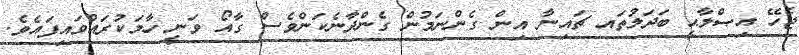
ޖެހޭ އިޞްލާޙީ ބަދަލުތައ ޗައިނާ އިން ގެންނަމުން ގެންދާނެކަންވެސް ގާއޯ ވަނީ ހާމަކުރައްވައިފައެވެ.